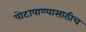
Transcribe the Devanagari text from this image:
पोटापाण्यासाठीच